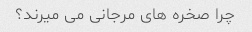
چرا صخره های مرجانی می میرند؟